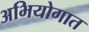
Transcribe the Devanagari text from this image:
अभियोगात